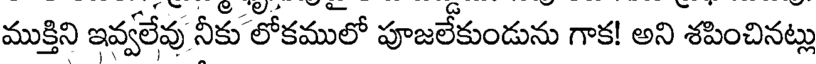
ముక్తిని ఇవ్వలేవు నీకు లోకములో పూజలేకుండును గాక! అని శపించినట్లు